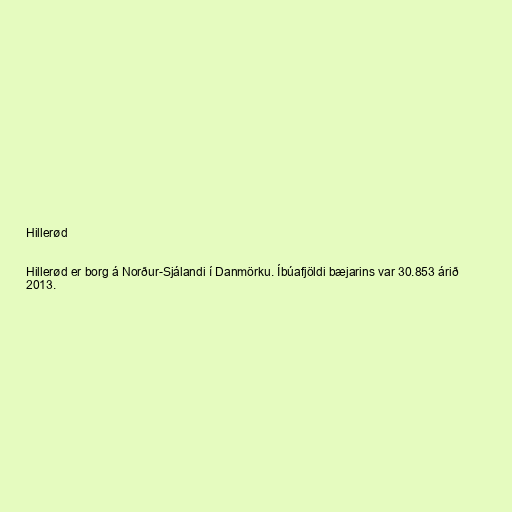
Hillerød

Hillerød er borg á Norður-Sjálandi í Danmörku. Íbúafjöldi bæjarins var 30.853 árið
2013.